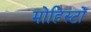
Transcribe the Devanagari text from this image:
मोहिस्टों